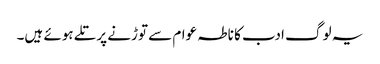
یہ لوگ ادب کا ناطہ عوام سے توڑنے پر تلے ہوئے ہیں۔